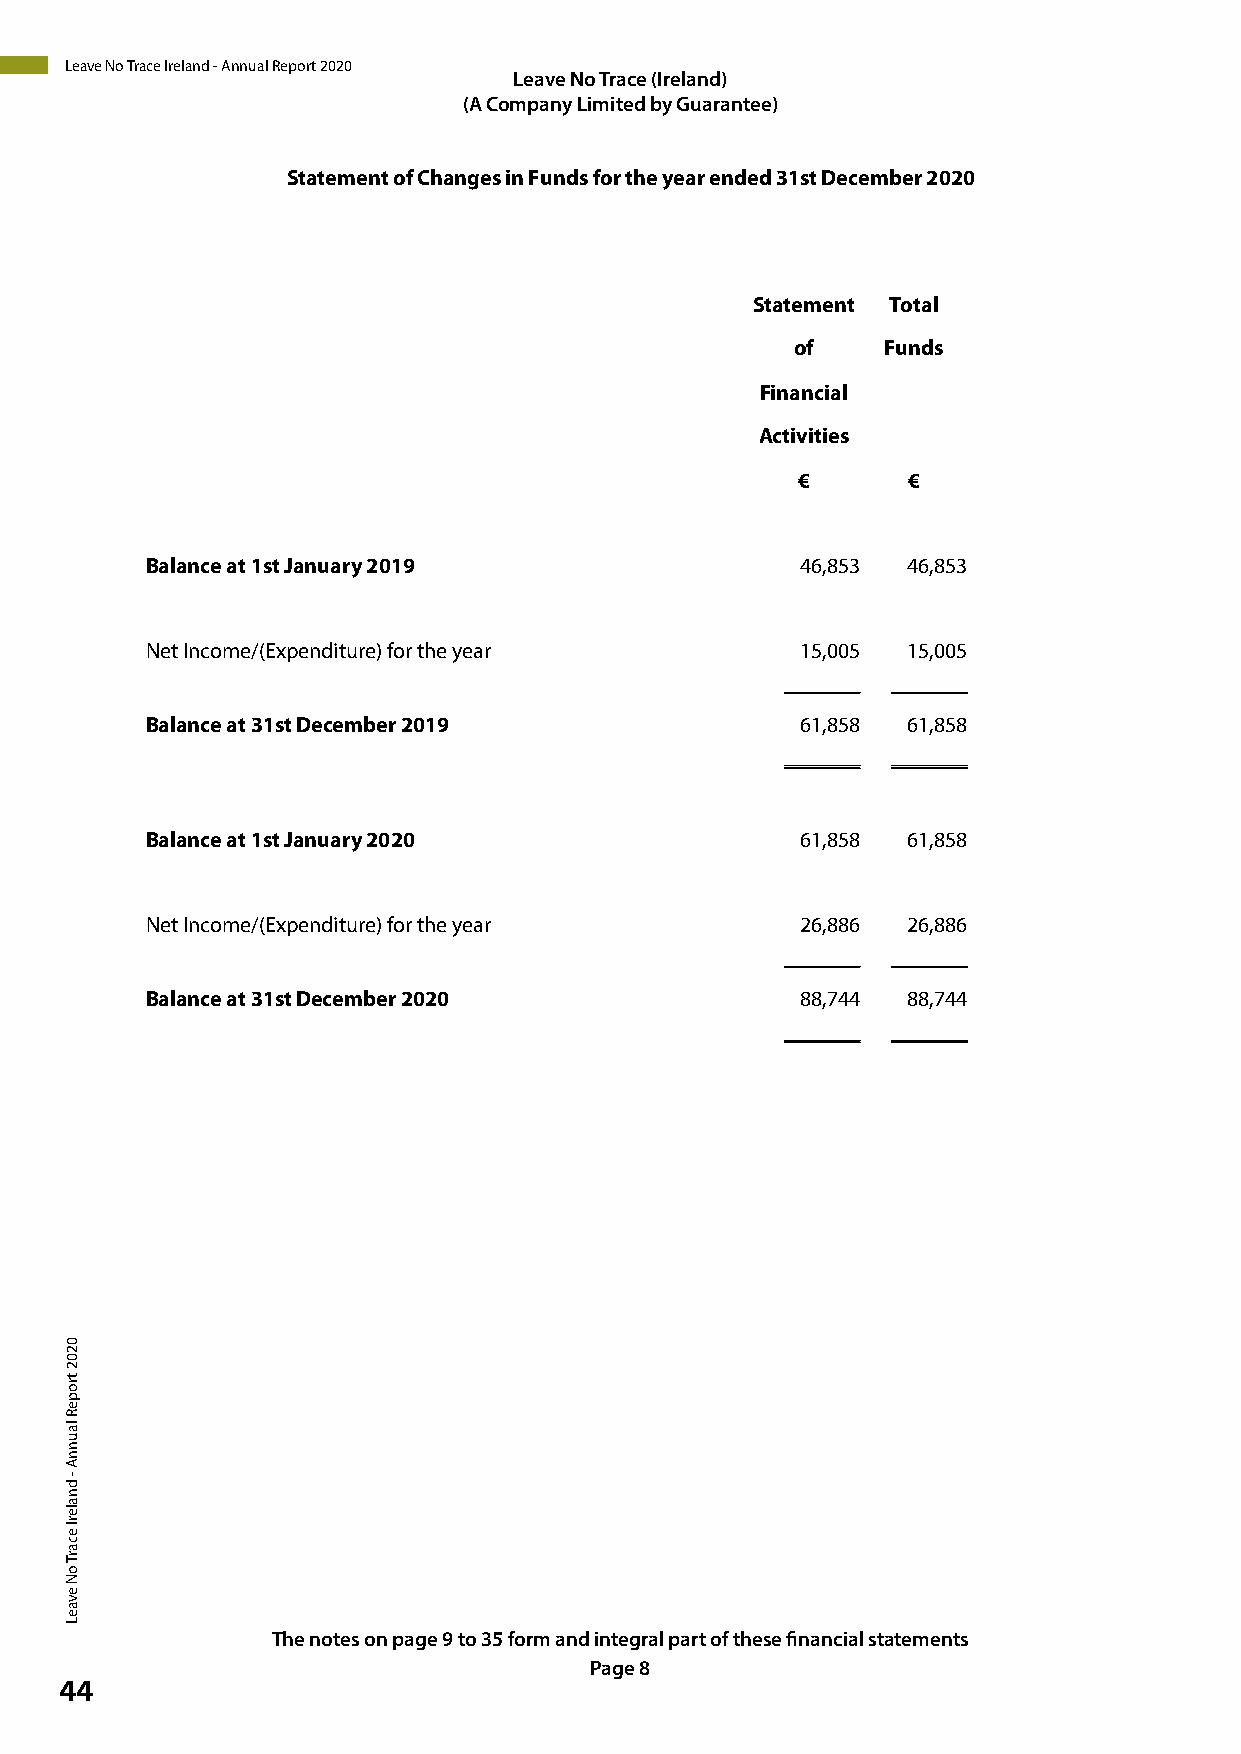
Leave No Trace Ireland - Annual Report 2020
 LLeeaavvee NNoo T Trarcaec e(I r(eIlraenladn)d)
 (( AA C Co om mp pa an ny
 y
 L Lim imite itd
 e
 db y
 b
 G
 y
 u Ga ura an rt ae ne t)
 ee)
 Statement of Changes in Funds for the year ended 31st December 2020
 Statement Total
 of   Funds
 Financial
 Activities
 €      €
 Balance at 1st January 2019                46,853 46,853
 Net Income/(Expenditure) for the year      15,005 15,005
 _______ _______
 Balance at 31st December 2019              61,858 61,858
 _______ _______
 Balance at 1st January 2020                61,858 61,858
 Net Income/(Expenditure) for the year      26,886 26,886
 _______ _______
 Balance at 31st December 2020              88,744 88,744
 _______ _______
 The notes on page 9 to 35 form and integral part of these financial statements
 PPaaggee 8 9
 44
 0202
 tropeR
 launnA
 -
 dnalerI
 ecarT
 oN
 evaeL